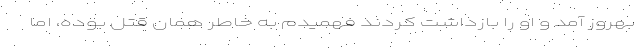
بهروز آمد و او را بازداشت کردند فهمیدم به خاطر همان قتل بوده، اما